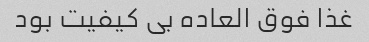
غذا فوق العاده بی کیفیت بود